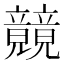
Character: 竸